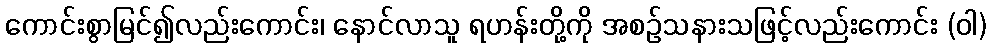
ကောင်းစွာမြင်၍လည်းကောင်း၊ နောင်လာသူ ရဟန်းတို့ကို အစဉ်သနားသဖြင့်လည်းကောင်း (ဝါ)